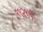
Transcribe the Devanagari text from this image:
१९२९ची